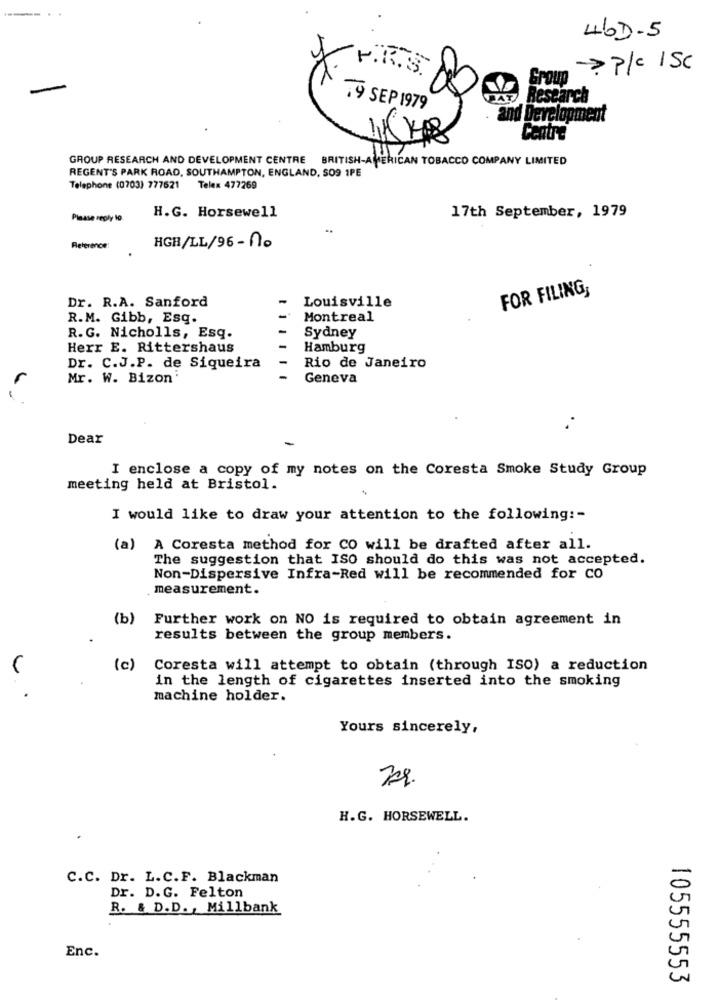
46D-5
-? ? /c 1SC
J. F.R. S.
Group
Ax Research
.9 SEP 1979
and Development
Centre
GROUP RESEARCH AND DEVELOPMENT CENTRE BRITISH-AMERICAN TOBACCO COMPANY LIMITED
REGENT'S PARK ROAD, SOUTHAMPTON, ENGLAND, SO9 1PE
Telephone (0703) 777521 Telex 477269
17th September, 1979
Please reply to.
H.G. Horsewell
Reference:
.
HGH/LL/96-no
FOR FILING,
Dr. R.A. Sanford
Louisville
R.M. Gibb, Esq.
Montreal
R. G. Nicholls, Esq.
Sydney
Herr E. Rittershaus
Hamburg
Dr. C.J.P. de Siqueira
Rio de Janeiro
Mr. W. Bizon'
Geneva
Dear
I enclose a copy of my notes on the Coresta Smoke Study Group
meeting held at Bristol.
I would like to draw your attention to the following :-
(a) A Coresta method for CO will be drafted after all.
The suggestion that ISO should do this was not accepted.
Non-Dispersive Infra-Red will be recommended for CO
measurement.
(b)
Further work on NO is required to obtain agreement in
results between the group members.
(c)
Coresta will attempt to obtain (through ISO) a reduction
in the length of cigarettes inserted into the smoking
machine holder.
Yours sincerely,
H.G. HORSEWELL.
C.C. Dr. L.C.F. Blackman
Dr. D.G. Felton
R. & D.D ., Millbank
Enc.
105555553